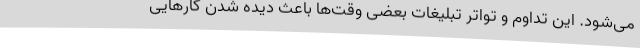
می‌شود. این تداوم و تواتر تبلیغات بعضی وقت‌ها باعث دیده شدن کارهایی